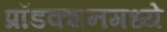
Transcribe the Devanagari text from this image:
प्रॉडक्शनमध्ये